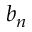
b _ { n }